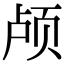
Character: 颅